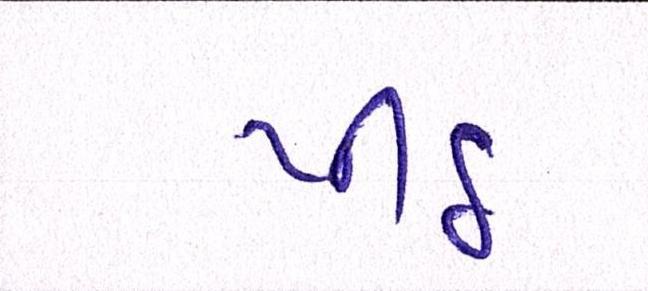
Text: પીઠ